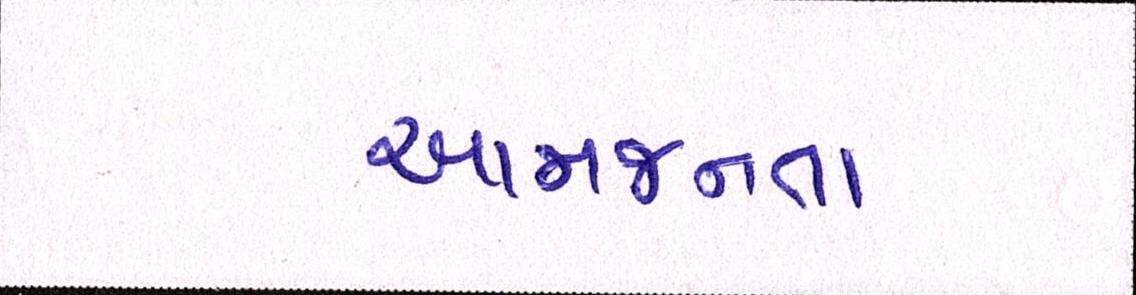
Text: આમજનતા